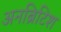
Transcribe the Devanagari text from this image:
अनब्रिटिश